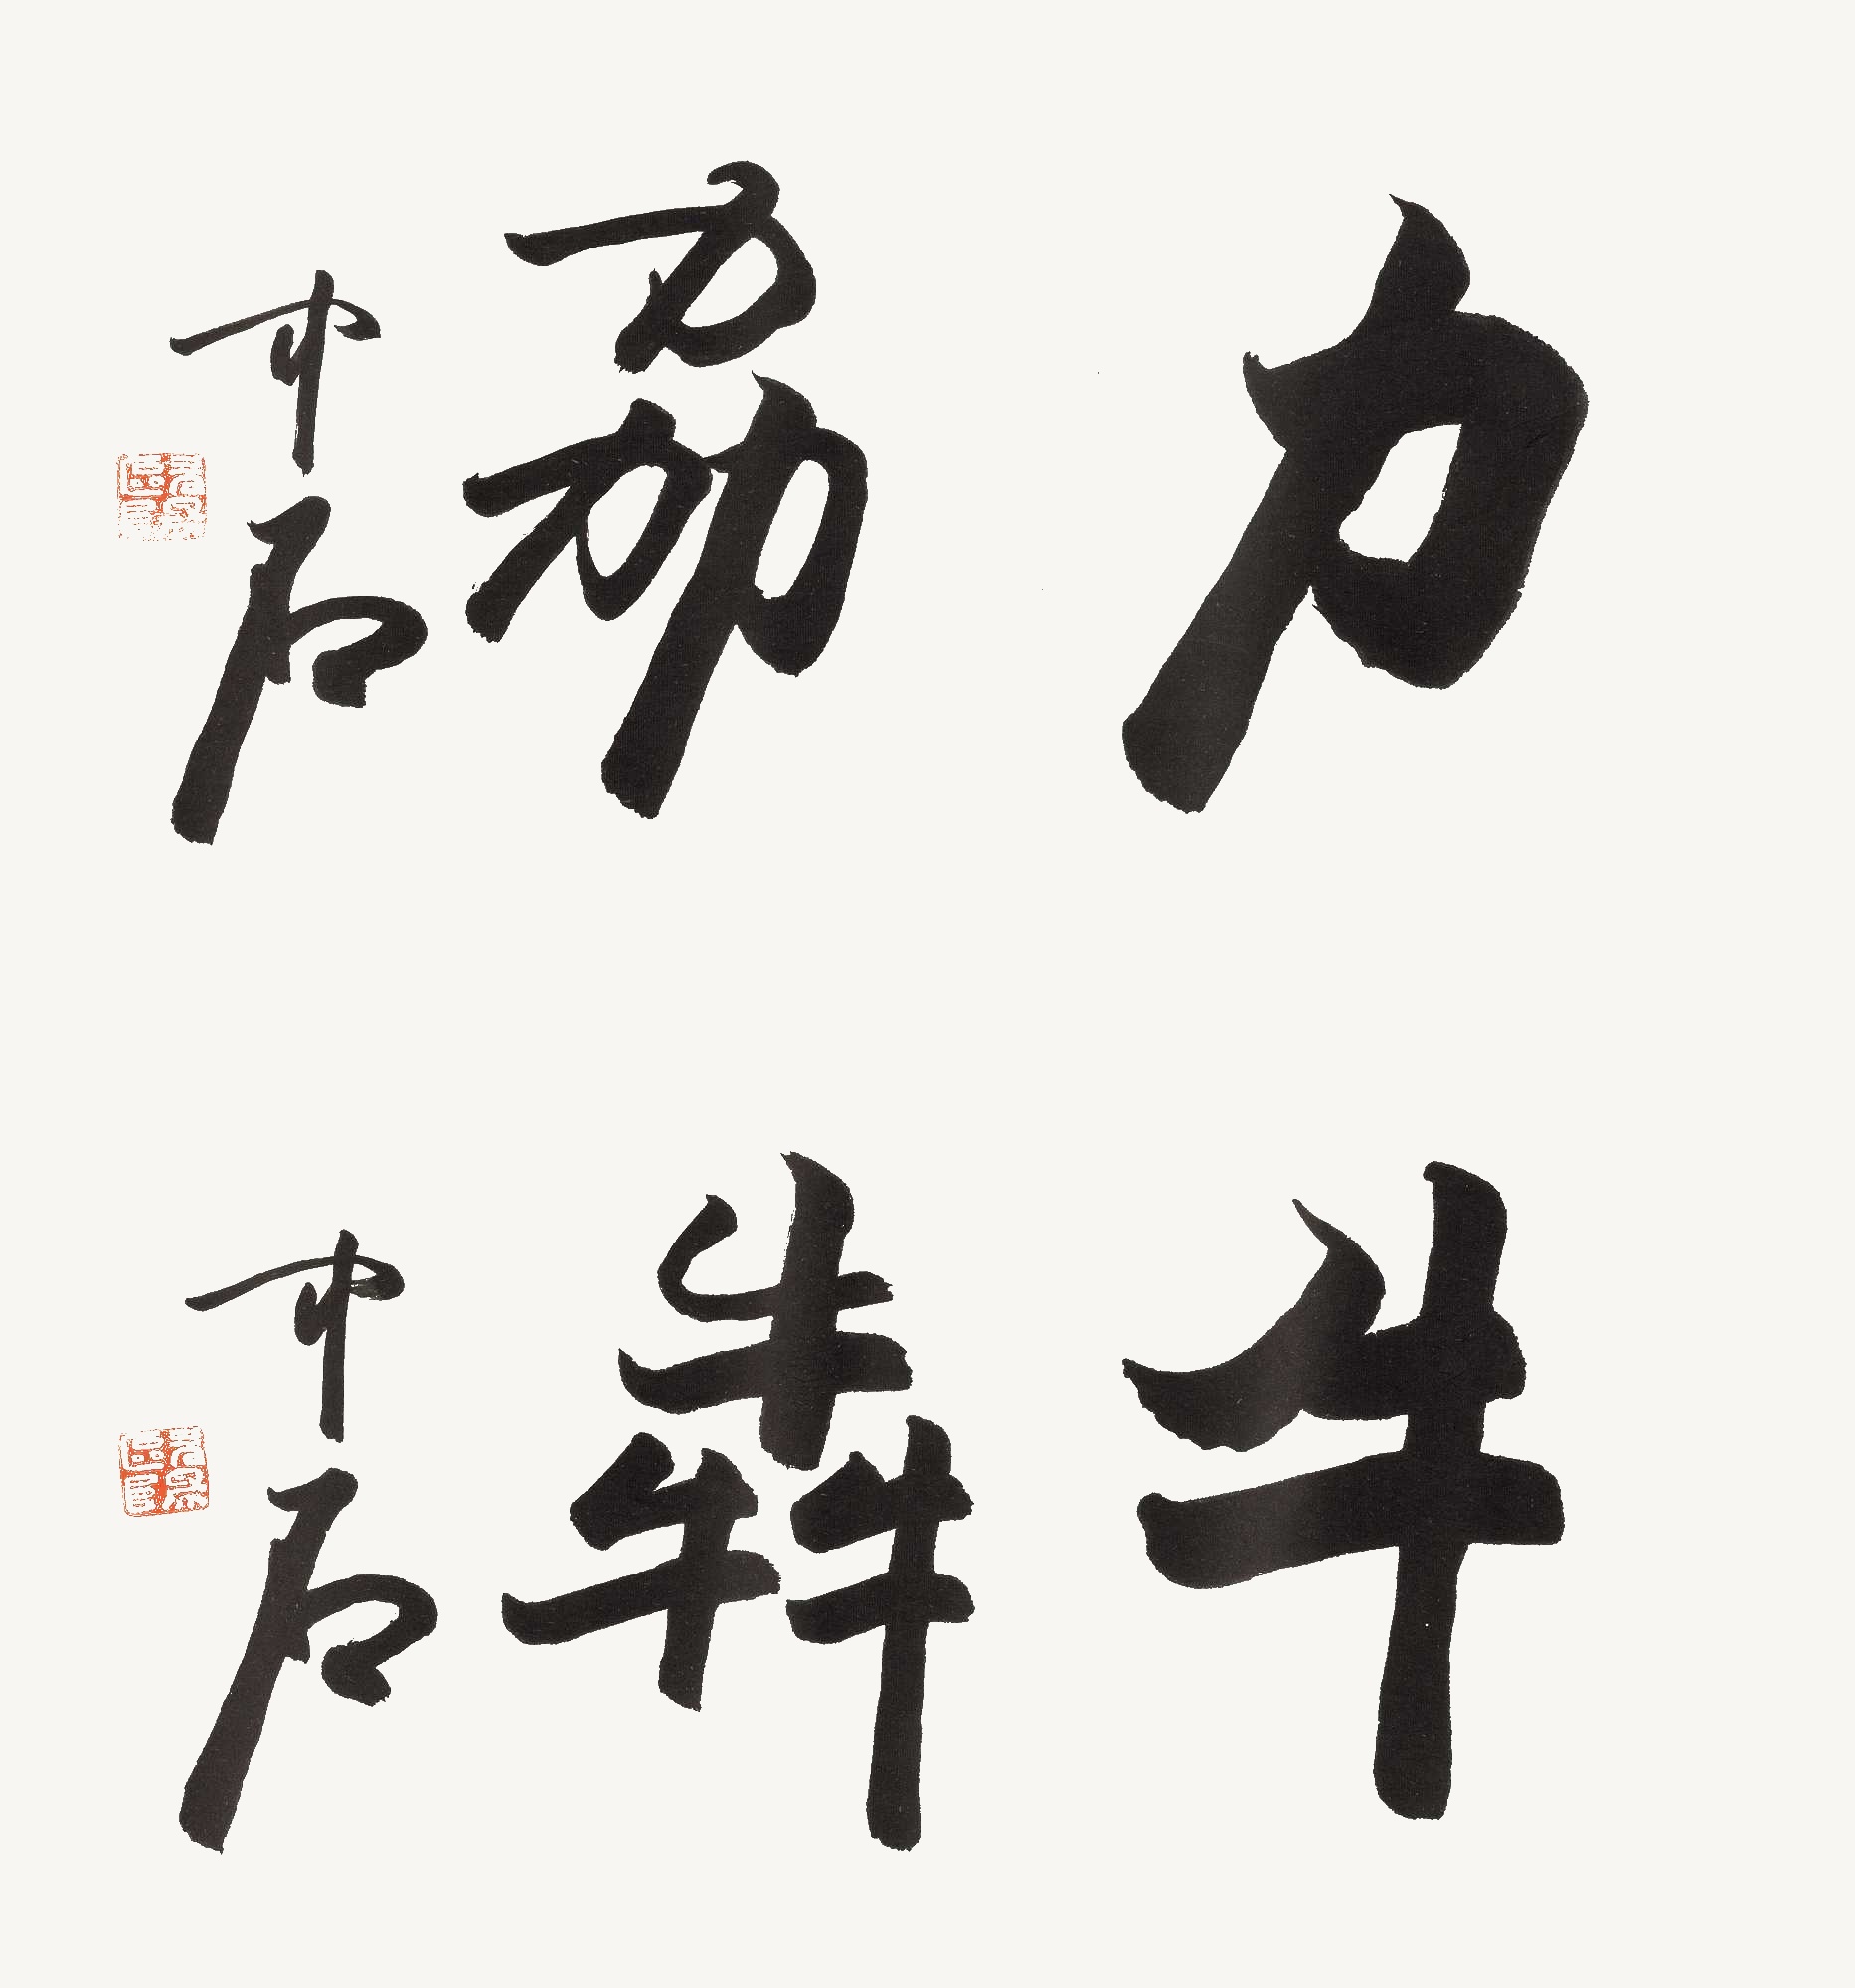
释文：力劦
牛犇中石。
中石。